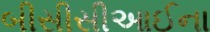
બીસીસીઆઈના